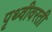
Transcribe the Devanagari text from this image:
पृथ्वीवरती